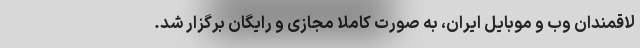
لاقمندان وب و موبایل ایران، به صورت کاملا مجازی و رایگان برگزار شد.